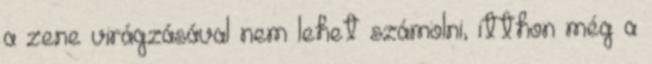
a zene virágzásával nem lehet számolni, itthon még a